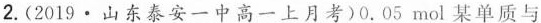
2.(2019 · 山东泰安一中高一上月考)0.05mol某单质与